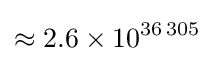
\approx 2.6\times 10^{36\,305}